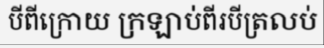
បីពីក្រោយ ក្រឡាប់ពីរបីត្រលប់